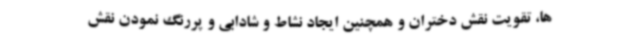
ها، تقویت نقش دختران و همچنین ایجاد نشاط و شادابی و پررنگ نمودن نقش